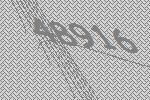
48916